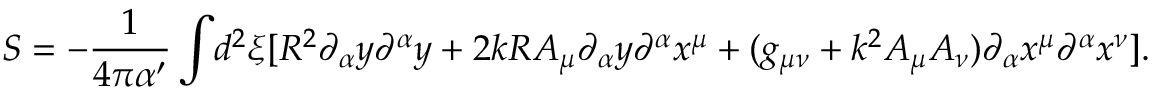
S = - \frac { 1 } { 4 \pi \alpha ^ { \prime } } \int \! { { d ^ { 2 } } \xi } [ { R ^ { 2 } } { \partial _ { \alpha } } { y } { \partial ^ { \alpha } } { y } + 2 k R { A _ { \mu } } { \partial _ { \alpha } } { y } { \partial ^ { \alpha } } { x ^ { \mu } } + ( g _ { \mu \nu } + { k ^ { 2 } } { A _ { \mu } } { A _ { \nu } } ) { \partial _ { \alpha } } { x ^ { \mu } } { \partial ^ { \alpha } } { x ^ { \nu } } ] .